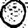
Digit: 0